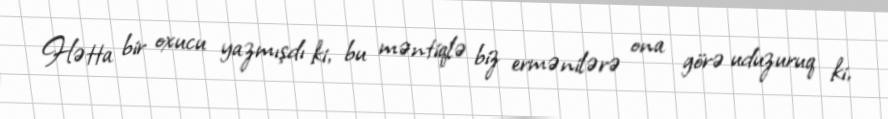
Hətta bir oxucu yazmışdı ki, bu məntiqlə biz ermənilərə ona görə uduzuruq ki,